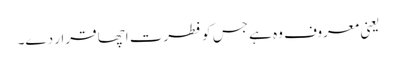
یعنی معروف وہ ہے جس کو فطرت اچھا قرار دے۔